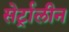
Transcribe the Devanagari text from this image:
सेर्ट्रालीन